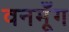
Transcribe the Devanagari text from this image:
वनमूँग